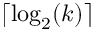
\lceil \log _ { 2 } ( k ) \rceil